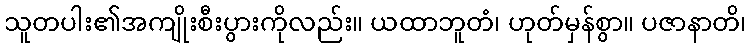
သူတပါး၏အကျိုးစီးပွားကိုလည်း။ ယထာဘူတံ၊ ဟုတ်မှန်စွာ။ ပဇာနာတိ၊